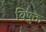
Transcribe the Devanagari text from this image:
विषुक्त